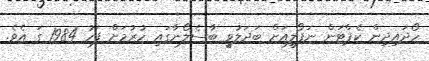
ހޯދައިދިން ކެޕްޓަން ނަޕޯލީއަށް ބަދަލުވީ ބާސެލޯނާގައި ހުރުމަށް ފަހު 1984 ގަ އެވެ.